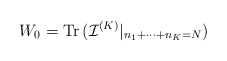
\begin{align*}W_{0}= \mbox{Tr\thinspace } ({\mathcal I} ^{(K)}|_{n_{1}+\cdots+n_{K}=N})\end{align*}